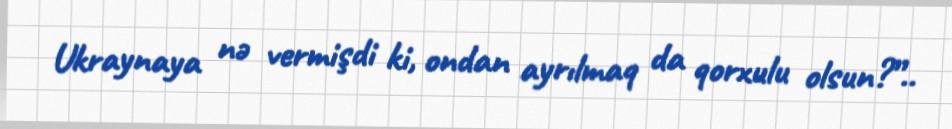
Ukraynaya nə vermişdi ki, ondan ayrılmaq da qorxulu olsun?”..